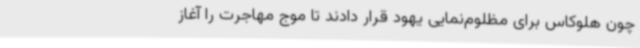
چون هلوکاس برای مظلوم‌نمایی یهود قرار دادند تا موج مهاجرت را آغاز